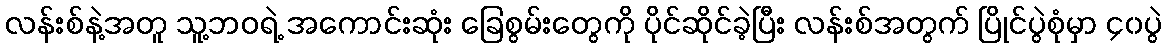
လန်းစ်နဲ့အတူ သူ့ဘဝရဲ့ အကောင်းဆုံး ခြေစွမ်းတွေကို ပိုင်ဆိုင်ခဲ့ပြီး လန်းစ်အတွက် ပြိုင်ပွဲစုံမှာ ၄၀ပွဲ